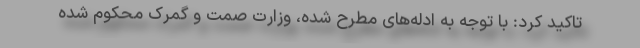
تاکید کرد: با توجه به ادله‌های مطرح شده، وزارت صمت و گمرک محکوم شده